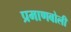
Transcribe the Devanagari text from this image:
प्रमाणबोली